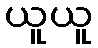
ယူယူ